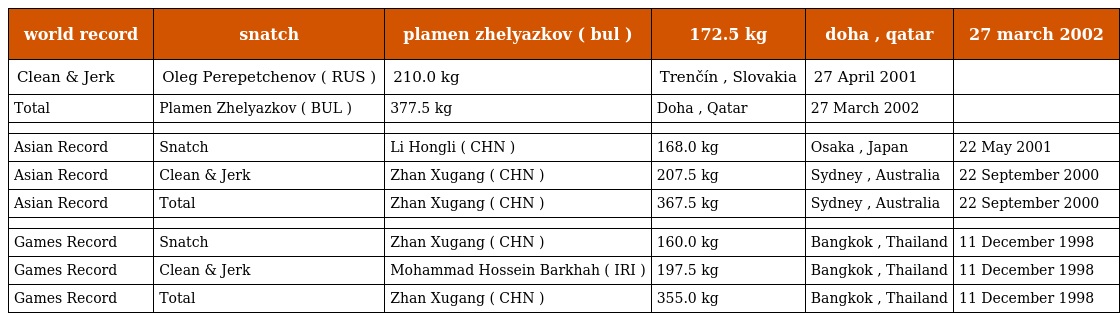
| world record | snatch | plamen zhelyazkov ( bul ) | 172.5 kg | doha , qatar | 27 march 2002 |
 | --- | --- | --- | --- | --- | --- |
 | Clean & Jerk | Oleg Perepetchenov ( RUS ) | 210.0 kg | Trenčín , Slovakia | 27 April 2001 |  |
 | Total | Plamen Zhelyazkov ( BUL ) | 377.5 kg | Doha , Qatar | 27 March 2002 |  |
 |  |  |  |  |  |  |
 | Asian Record | Snatch | Li Hongli ( CHN ) | 168.0 kg | Osaka , Japan | 22 May 2001 |
 | Asian Record | Clean & Jerk | Zhan Xugang ( CHN ) | 207.5 kg | Sydney , Australia | 22 September 2000 |
 | Asian Record | Total | Zhan Xugang ( CHN ) | 367.5 kg | Sydney , Australia | 22 September 2000 |
 |  |  |  |  |  |  |
 | Games Record | Snatch | Zhan Xugang ( CHN ) | 160.0 kg | Bangkok , Thailand | 11 December 1998 |
 | Games Record | Clean & Jerk | Mohammad Hossein Barkhah ( IRI ) | 197.5 kg | Bangkok , Thailand | 11 December 1998 |
 | Games Record | Total | Zhan Xugang ( CHN ) | 355.0 kg | Bangkok , Thailand | 11 December 1998 |